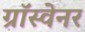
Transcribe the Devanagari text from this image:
ग्रॉस्वेनर